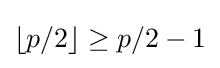
\lfloor p/2\rfloor \geq p/2-1